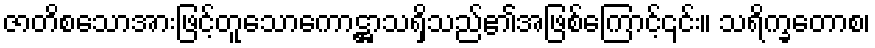
ဇာတိစသောအားဖြင့်တူသောကောဋ္ဌာသရှိသည်၏အဖြစ်ကြောင့်၎င်း။ သရိက္ခတောစ၊